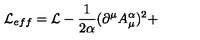
{ \cal L } _ { e f f } = { \cal L } - \frac 1 { 2 \alpha } ( \partial ^ { \mu } A _ { \mu } ^ { \alpha } ) ^ { 2 } +